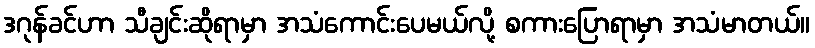
ဒဂုန်ခင်ဟာ သီချင်းဆိုရာမှာ အသံကောင်းပေမယ်လို့ စကားပြောရာမှာ အသံမာတယ်။